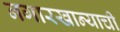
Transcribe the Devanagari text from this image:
नगारखान्याची